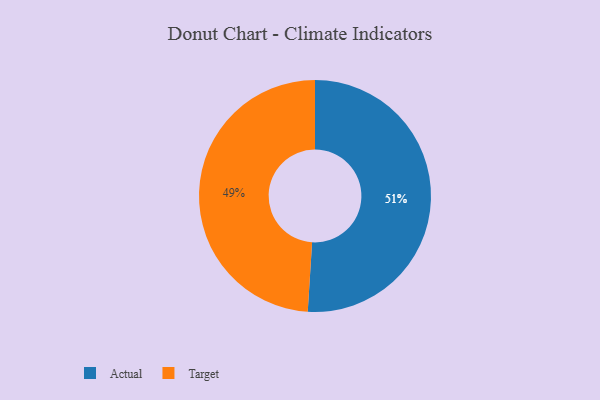
{"axis": {"x": "Category", "y": "Percentage"}, "legend": ["Actual", "Target"], "data": [{"x": "Target", "y": 49, "type": "Target"}, {"x": "Actual", "y": 51, "type": "Actual"}]}